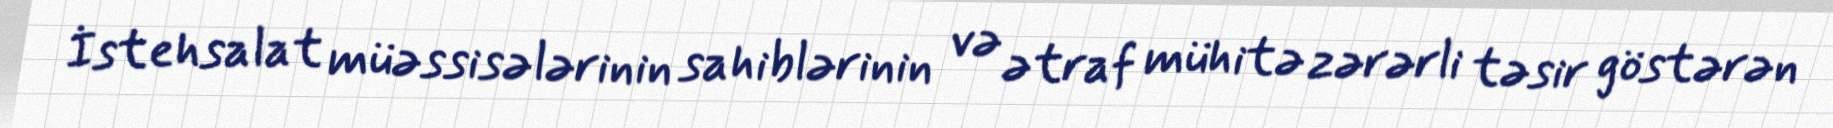
İstehsalat müəssisələrinin sahiblərinin və ətraf mühitə zərərli təsir göstərən